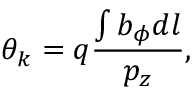
\theta _ { k } = q \frac { \int b _ { \phi } d l } { p _ { z } } ,